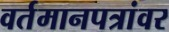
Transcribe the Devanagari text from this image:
वर्तमानपत्रांवर